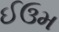
ઈઉમ